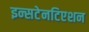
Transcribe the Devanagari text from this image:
इन्सटेनटिएशन